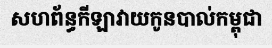
សហព័ន្ធកីឡាវាយកូនបាល់កម្ពុជា